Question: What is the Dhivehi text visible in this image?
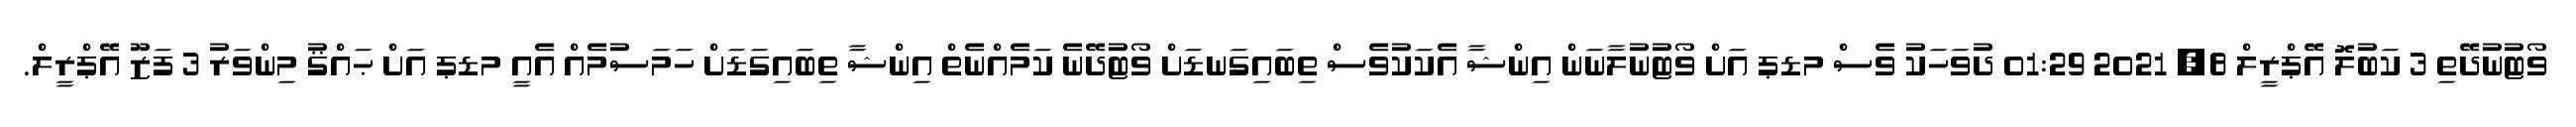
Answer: ވޯޓުނުދޭތި 3 ކަބުލޮ އޭޕްރީލް 8, 2021 01:29 ދުވަހަކު ވެސް މޑޕ އަށް ވޯޓުނުލާނަން އިންޝާ އެކަކުވެސް ތިބައިގަނޑަށް ވޯޓުދޭނެ ކަމެއްނެތް އިންޝާ ތިބައިގަޑަށް ހަމަސުމެއް އެއީ މޑޕ އަށް ޙައްޤު މިންވަރު 3 ފަޒޫ އޭޕްރީލް.